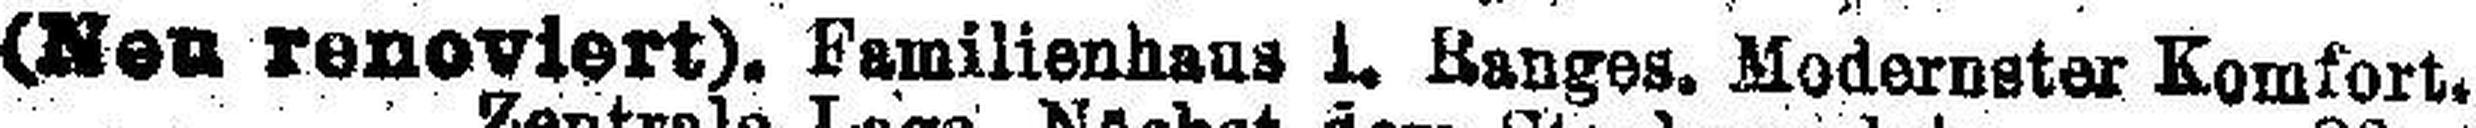
(Neu renoviert). Familienhaus i. Ranges. Modernster Komfort.